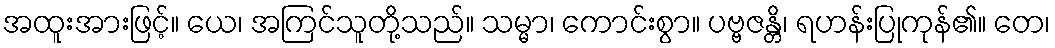
အထူးအားဖြင့်။ ယေ၊ အကြင်သူတို့သည်။ သမ္မာ၊ ကောင်းစွာ။ ပဗ္ဗဇန္တိ၊ ရဟန်းပြုကုန်၏။ တေ၊